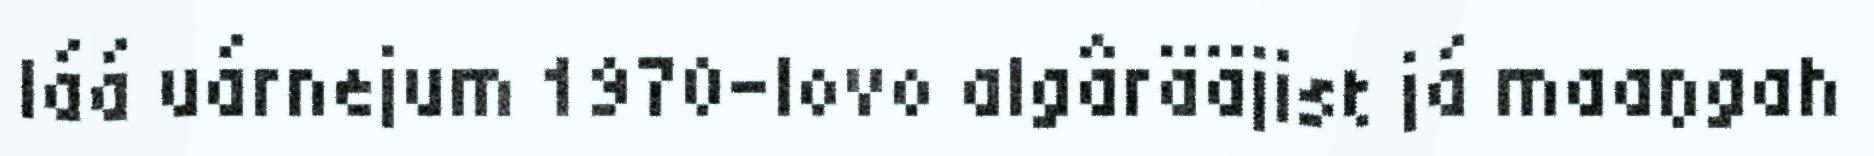
láá uárnejum 1970-lovo algârääjist já maaŋgah